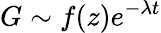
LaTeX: G\sim f(z)e^{-\lambda t}